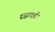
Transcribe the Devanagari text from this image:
रजादर्शन